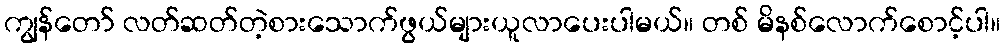
ကျွန်တော် လတ်ဆတ်တဲ့စားသောက်ဖွယ်များယူလာပေးပါမယ်။ တစ် မိနစ်လောက်စောင့်ပါ။